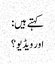
کہتے ہیں:
اور ویڈیو ؟